Report of the King Institute of Preventive Medicine, Guindy
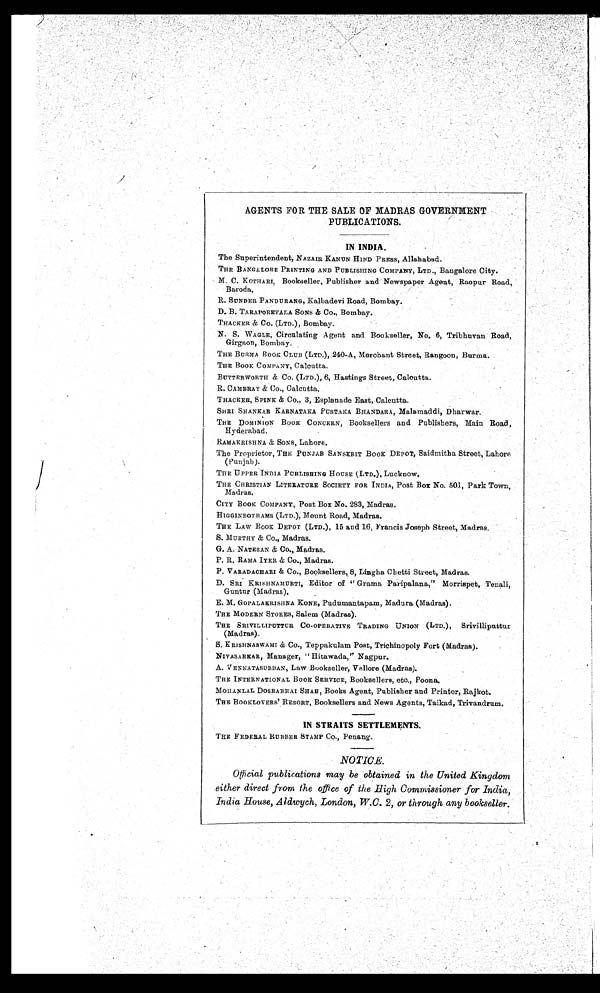
AGENTS FOR THE SALE OF MADRAS GOVERNMENT
PUBLICATIONS.
IN INDIA.
The Superintendent, NAZAIR KANUN HIND PRESS, Allahabad.
THE BANGALORE PRINTING AND PUBLISHING COMPANY, LTD., Bangalore City.
M. C. KOTHARI, Bookseller, Publisher and Newspaper Agent, Raopur Road,
Baroda.
R. SUNDER PANDURANG, Kalbadevi Road, Bombay.
D. B. TARAPOREVALA SONS & Co., Bombay.
THACKER & Co. (LTD.), Bombay.
N. S. WAGLE, Circulating Agent and Bookseller, No. 6, Tribhuvan Road,
Girgaon, Bombay.
THE BURMA BOOK CLUB (LTD.), 240-A, Merchant Street, Rangoon, Burma.
THE Book COMPANY, Calcutta.
BUTTERWORTH & Co. (LTD.), 6, Hastings Street, Calcutta.
R. CAMBRAY & Co., Calcutta.
THACKER, SPINK & CO., 3, Esplanade East, Calcutta.
SHRI SHANKAR KARNATAKA PUSTAKA BHANDARA, Malamaddi, Dharwar.
THE DOMINION BOOK CONCERN, Booksellers and Publishers, Main Road,
Hyderabad.
RAMAKRISHNA & SONS, Lahore.
The Proprietor, THE PUNJAB SANSKRIT BOOK DEPOT, Saidmitha Street, Lahore
(Punjab).
THE UPPER INDIA PUBLISHING HOUSE (LTD.), Lucknow.
THE CHRISTIAN LITERATURE SOCIETY FOR INDIA, Post Box No. 501, Park Town,
Madras.
CITY BOOK COMPANY, Post Box No. 283, Madras.
HIGGINBOTHAMS (LTD.), Mount Road, Madras.
THE LAW BOOK DEPOT (LTD.), 15 and 16, Francis Joseph Street, Madras.
S. MURTHY & Co., Madras.
G. A. NATESAN & CO., Madras.
P. R. RAMA IYER & CO., Madras.
P. VARADACHARI & Co., Booksellers, 8, Lingha Chetti Street, Madras.
D. SRI KRISHNAMURTI, Editor of "Grama Paripalana," Morrispet, Tenali,
Guntur (Madras).
E. M. GOPALAKRISHNA KONE, Pudumantapam, Madura (Madras).
THE MODERN STORES, Salem (Madras).
THE SRIVILLIPUTTUR CO-OPERATIVE TRADING UNION (LTD.), Srivilliputtur
(Madras).
S. KRISHNASWAMI & Co., Teppakulam Post, Trichinopoly Fort (Madras).
NIVASARKAR, Manager, "Hitawada," Nagpur.
A. VENKATASUBBAN, Law Bookseller, Vellore (Madras).
THE INTERNATIONAL BOOK SERVICE, Booksellers, etc., Poona.
MOHANLAL DOSRABHAI SHAH, Books Agent, Publisher and Printer, Rajkot.
THE BOOKLOVERS' RESORT, Booksellers and News Agents, Taikad, Trivandrum.
IN STRAITS SETTLEMENTS.
THE FEDEBAL RUBBER STAMP Co., Penang.
NOTICE.
Official publications may be obtained in the United Kingdom
either direct from the office of the High Commissioner for India,
India House, Aldwych, London, W.O. 2, or through any bookseller.